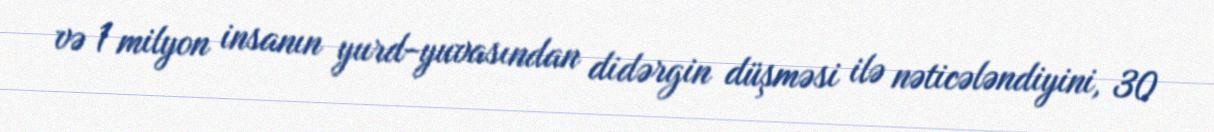
və 1 milyon insanın yurd-yuvasından didərgin düşməsi ilə nəticələndiyini, 30